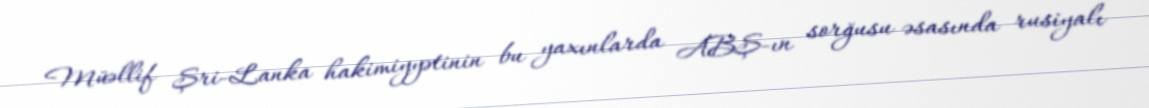
Müəllif Şri-Lanka hakimiyyətinin bu yaxınlarda ABŞ-ın sorğusu əsasında rusiyalı